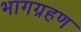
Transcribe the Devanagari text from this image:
भागग्रहण